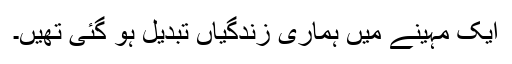
ایک مہینے میں ہماری زندگیاں تبدیل ہو گئی تھیں۔